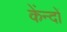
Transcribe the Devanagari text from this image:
केंन्दों